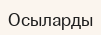
Осыларды